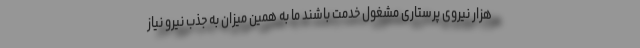
هزار نیروی پرستاری مشغول خدمت باشند ما به همین میزان به جذب نیرو نیاز